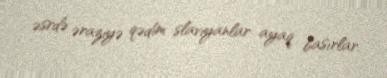
əsrdə əraziyə qədim slaviyanlar ayaq basırlar.